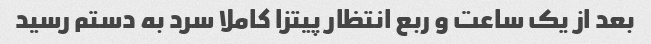
بعد از یک ساعت و ربع انتظار پیتزا کاملا سرد به دستم رسید